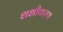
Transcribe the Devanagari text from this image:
शशीकरण